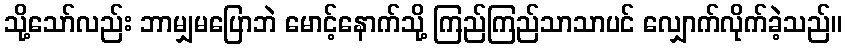
သို့သော်လည်း ဘာမျှမပြောဘဲ မောင့်နောက်သို့ ကြည်ကြည်သာသာပင် လျှောက်လိုက်ခဲ့သည်။